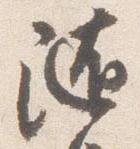
随